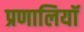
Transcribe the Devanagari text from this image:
प्रणालियॉ